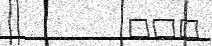
١٠١